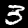
Digit: 3